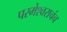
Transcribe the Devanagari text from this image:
परमेश्वराचंच